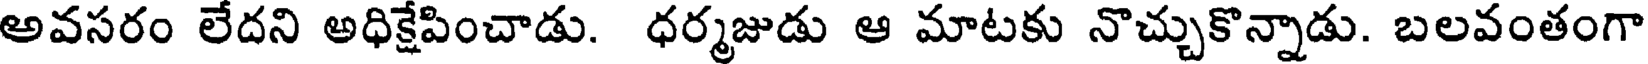
అవసరం లేదని అధిక్షేపించాడు. ధర్మజుడు ఆ మాటకు నొచ్చుకొన్నాడు. బలవంతంగా